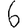
Digit: 6